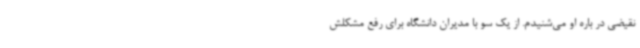
نقیضی در باره او می‌شنیدم. از یک سو با مدیران دانشگاه برای رفع مشکلش